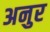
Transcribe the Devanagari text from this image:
अनुर